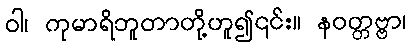
ဝါ၊ ကုမာရိဘူတာတို့ဟူ၍၎င်း။ နဝတ္တဗ္ဗာ၊